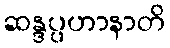
ဆန္ဒပ္ပဟာနာတိ